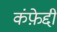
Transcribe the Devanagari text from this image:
कंफ़ेद्दी